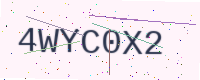
Text: 4WYC0X2